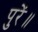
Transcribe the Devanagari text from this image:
पुरें॥